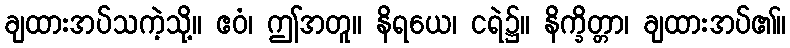
ချထားအပ်သကဲ့သို့။ ဧဝံ၊ ဤအတူ။ နိရယေ၊ ငရဲ၌။ နိက္ခိတ္တာ၊ ချထားအပ်၏။